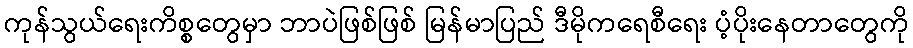
ကုန်သွယ်ရေးကိစ္စတွေမှာ ဘာပဲဖြစ်ဖြစ် မြန်မာပြည် ဒီမိုကရေစီရေး ပံ့ပိုးနေတာတွေကို